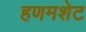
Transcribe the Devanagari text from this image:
हणमशेट